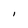
Character: I